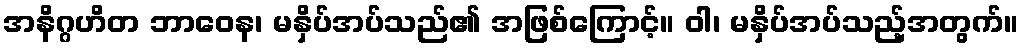
အနိဂ္ဂဟိတ ဘာဝေန၊ မနှိပ်အပ်သည်၏ အဖြစ်ကြောင့်။ ဝါ၊ မနှိပ်အပ်သည့်အတွက်။